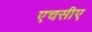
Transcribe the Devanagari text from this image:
एचसीए